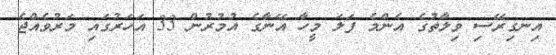
އިނގިރޭސި ވިލާތުގެ އެންމެ ފަލަ މީހާ އޭނާގެ އުމުރުން 33 އަހަރުގައި މަރުވެއްޖެ